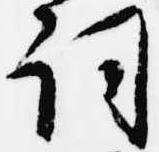
詞